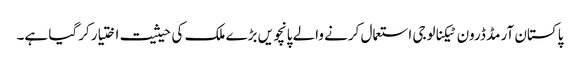
پاکستان آرمڈ ڈرون ٹیکنالوجی استعمال کرنے والے پانچویں بڑے ملک کی حیثیت اختیار کرگیا ہے۔